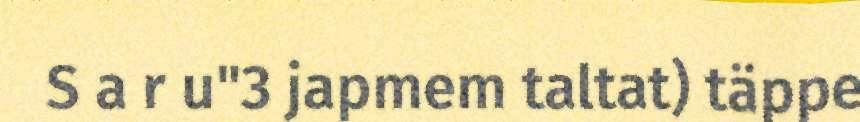
S a r u"3 japmem taltat) täppe